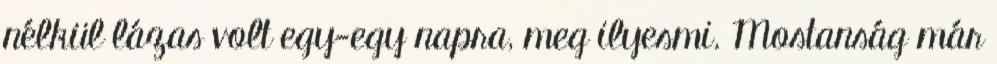
nélkül lázas volt egy-egy napra, meg ilyesmi. Mostanság már